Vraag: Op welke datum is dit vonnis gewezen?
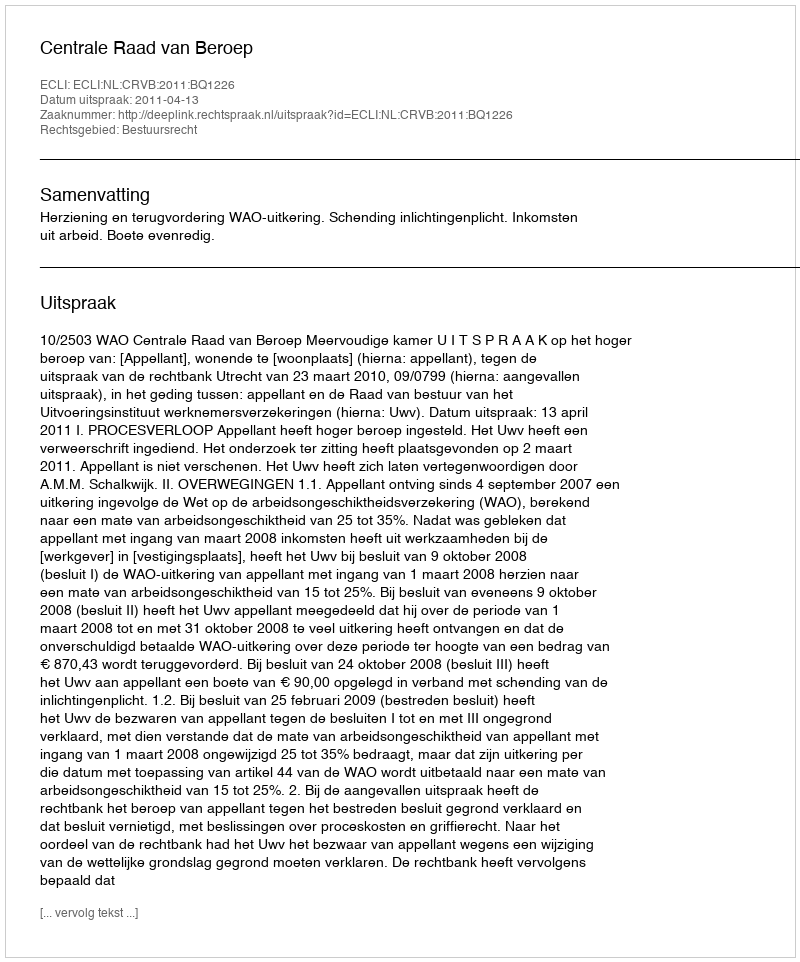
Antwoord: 2011-04-13